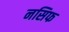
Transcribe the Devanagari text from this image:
नसिफ